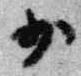
少